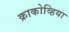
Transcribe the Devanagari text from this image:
क्राकोव्हिया